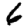
Digit: 6